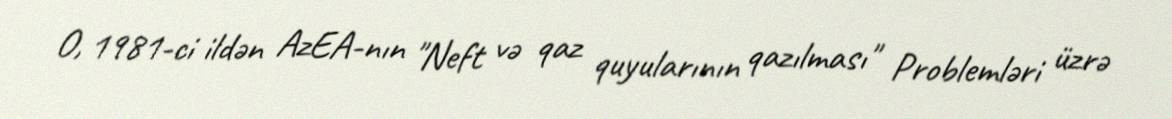
O, 1981-ci ildən AzEA-nın "Neft və qaz quyularının qazılması" Problemləri üzrə